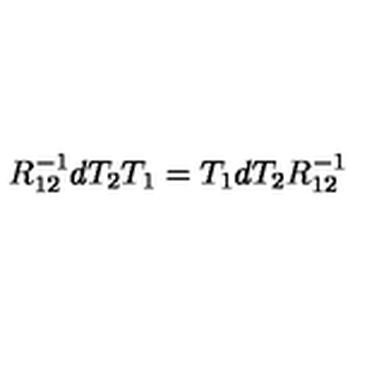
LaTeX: R _ { 1 2 } ^ { - 1 } d T _ { 2 } T _ { 1 } = T _ { 1 } d T _ { 2 } R _ { 1 2 } ^ { - 1 }